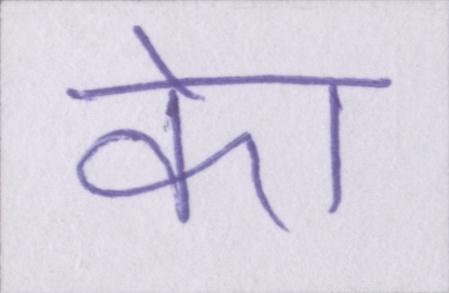
केा